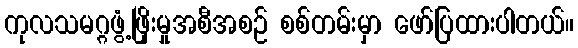
ကုလသမဂ္ဂဖွံ့ဖြိုးမှုအစီအစဉ် စစ်တမ်းမှာ ဖော်ပြထားပါတယ်။